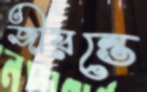
জীয়ন্তে